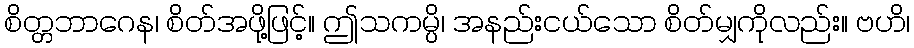
စိတ္တဘာဂေန၊ စိတ်အဖို့ဖြင့်။ ဤသကမ္ပိ၊ အနည်းငယ်သော စိတ်မျှကိုလည်း။ ဗဟိ၊